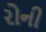
રોની